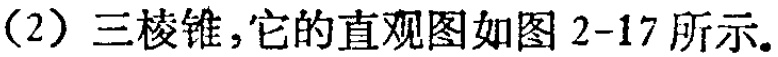
（2）三棱锥,它的直观图如图 2-17 所示。